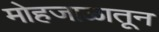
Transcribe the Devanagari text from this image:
मोहजाळातून